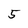
Character: 5